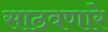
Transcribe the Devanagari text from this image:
साठवणारे